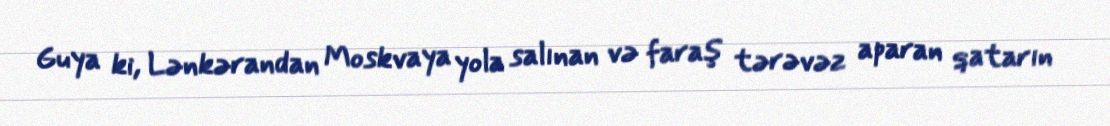
Guya ki, Lənkərandan Moskvaya yola salınan və faraş tərəvəz aparan qatarın